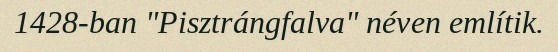
1428-ban "Pisztrángfalva" néven említik.